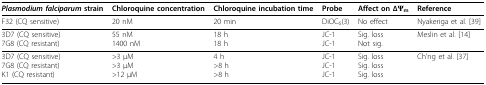
| Plasmodium falciparum strain | Chloroquine concentration | Chloroquine incubation time | Probe | Affect on ΔΨm | Reference |
 | --- | --- | --- | --- | --- | --- |
 | F32 (CQ sensitive) | 20 nM | 20 min | DiOC6(3) | No effect | Nyakeriga et al. [39] |
 | 3D7 (CQ sensitive)7G8 (CQ resistant) | 55 nM1400 nM | 18 h18 h | JC-1JC-1 | Sig. lossNot sig. | Meslin et al. [14] |
 | 3D7 (CQ sensitive)7G8 (CQ resistant)K1 (CQ resistant) | >3 μM>3 μM>12 μM | 4 h>8 h>8 h | JC-1JC-1JC-1 | Sig. lossSig. lossSig. loss | Ch'ng et al. [37] |